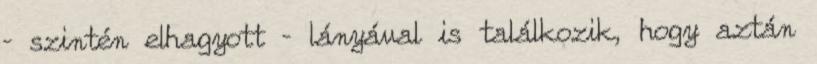
– szintén elhagyott – lányával is találkozik, hogy aztán